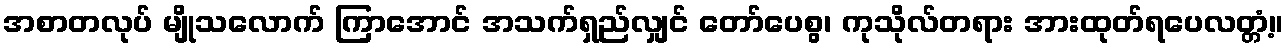
အစာတလုပ် မျိုသလောက် ကြာအောင် အသက်ရှည်လျှင် တော်ပေစွ၊ ကုသိုလ်တရား အားထုတ်ရပေလတ္တံ့။